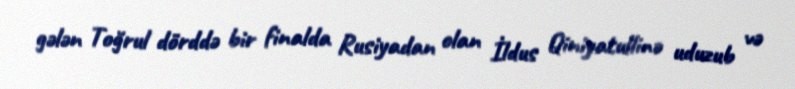
gələn Toğrul dörddə bir finalda Rusiyadan olan İldus Qiniyatullinə uduzub və